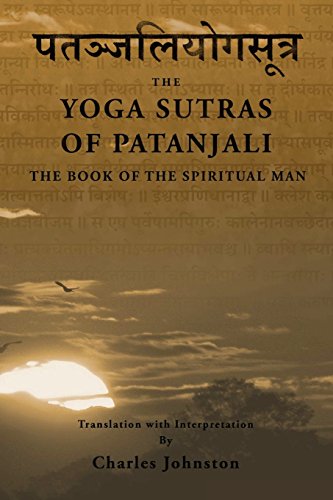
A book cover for The Yoga Sutras of Patanjali: The Book of the Spiritual Man; Charles Johnston; Religion & Spirituality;